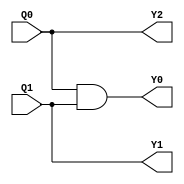
`timescale 1ns / 1ps
//////////////////////////////////////////////////////////////////////////////////
// Company: 
// Engineer: 
// 
// Design Name: 
// Module Name: Arbiter_Decoder
// Project Name: 
// Target Devices: 
// Tool Versions: 
// Description: 
// 
// Dependencies: 
// 
// Revision:
// Revision 0.01 - File Created
// Additional Comments:
// 
//////////////////////////////////////////////////////////////////////////////////


module Arbiter_Decoder(
    input wire Q1,
    input wire Q0,
    output wire Y2,
    output wire Y1,
    output wire Y0
    );
    
    assign Y2 = Q0;
    assign Y1 = Q1;
    assign Y0 = Q0 & Q1;
    
endmodule